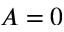
A = 0